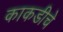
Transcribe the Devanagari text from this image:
काकडीचे